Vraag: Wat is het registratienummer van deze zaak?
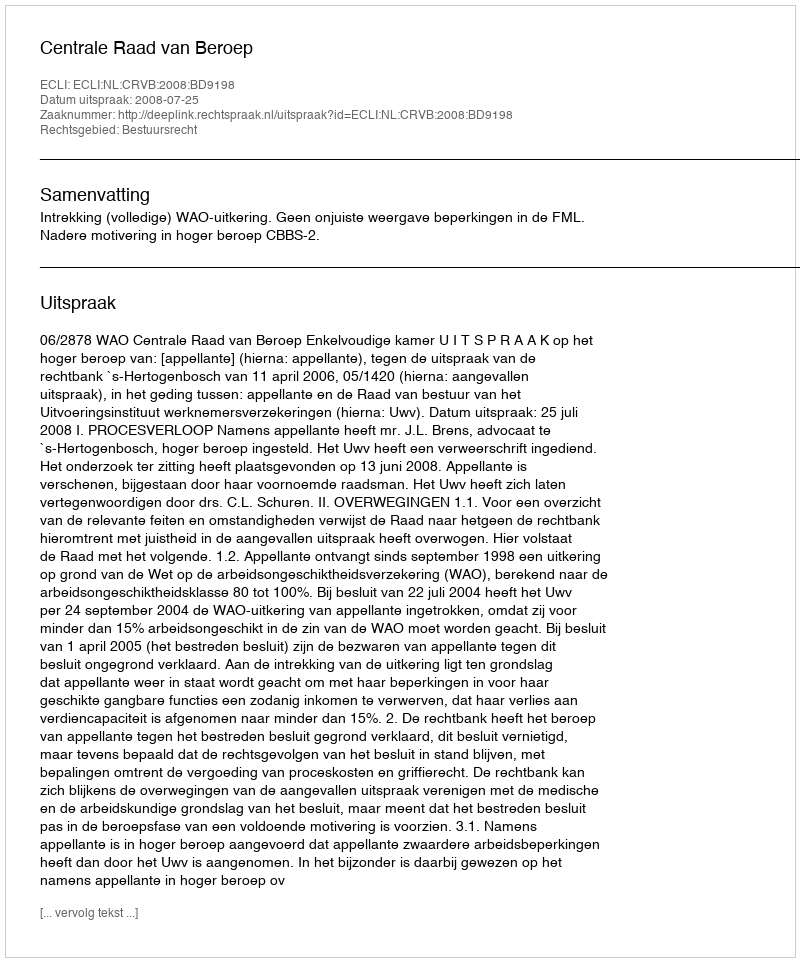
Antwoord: http://deeplink.rechtspraak.nl/uitspraak?id=ECLI:NL:CRVB:2008:BD9198